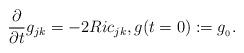
LaTeX: \begin{align*}\frac{\partial}{\partial t} g_{jk}=-2Ric_{jk}, {g(t=0):=g_{_0}}.\end{align*}